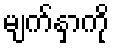
မျက်နှာကို